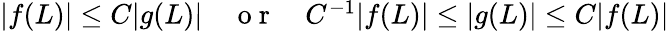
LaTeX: \begin{array}{r}{|f(L)|\leq C|g(L)|\quad\mathrm{~o~r~}\quad C^{-1}|f(L)|\leq|g(L)|\leq C|f(L)|}\end{array}